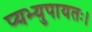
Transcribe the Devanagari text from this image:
प्यभ्युपायतः।